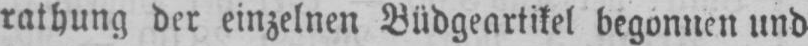
rathung der einzelnen Büdgeartikel begonnen und